Annual report on the working of the mental hospitals in the Madras Presidency - 1912-1932
Year: 1912
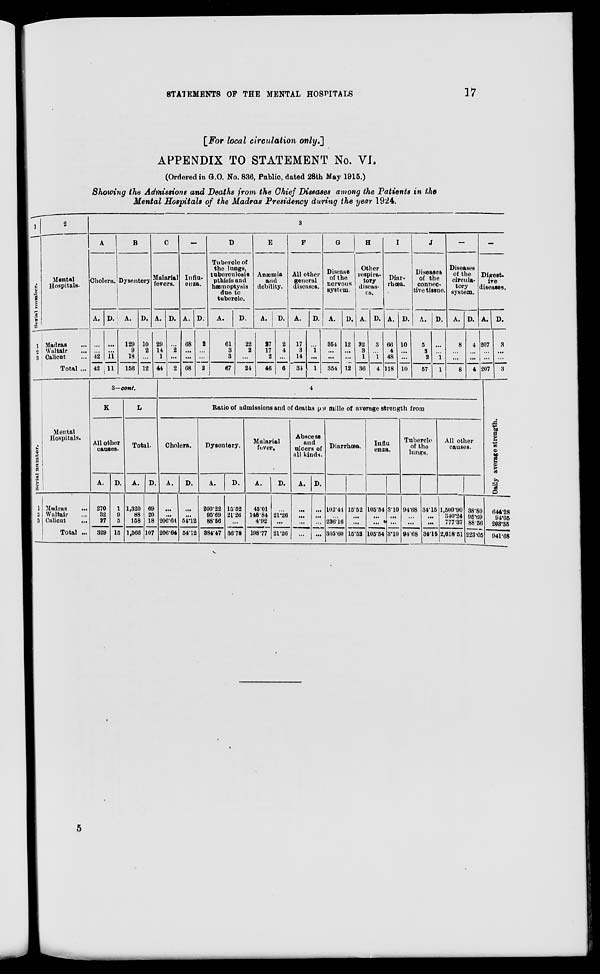
STATEMENTS OF THE MENTAL HOSPITALS
17
[For local circulation only.]
APPENDIX TO STATEMENT No. VI.
(Ordered in G.O. No. 836, Public, dated 28th May 1915.)
Showing the Admissions and Deaths from the Chief Diseases among the Patients in the
Mental Hospitals of the Madras Presidency during the year 1924.
1
Serial number.
1
2
3
2
Mental
Hospitals.
Madras ...
Waltair ...
Calicut ...
Total ...
3
A
Cholera.
A.
...
...
42
42
D.
...
...
11
11
B
Dysentery
A.
129
9
18
156
D.
10
2
...
12
C
Malarial
fevers.
A.
29
14
1
44
D.
...
2
...
2
—
Influ-
enza.
A.
68
...
...
68
D.
2
...
...
2
D
Tubercle of
the lungs,
tuberculosis
pthisis and
hæmoptysis
due to
tubercle.
A.
61
3
3
67
D.
22
2
...
24
E
Anæmia
and
debility.
A.
27
17
2
46
D.
2
4
...
6
F
All other
general
diseases.
A.
17
3
14
34
D.
...
1
...
1
G
Disease
of the
nervous
system.
A.
354
...
...
354
D.
12
...
...
12
H
Other
respira-
tory
diseas-
es.
A.
32
3
1
36
D.
3
...
1
4
I
Diar-
rbœa.
A.
66
4
48
118
D.
10
...
...
10
J
Diseases
of the
connec-
tive tissue.
A.
5
3
2
57
D.
...
...
1
1
—
Diseases
of the
circula-
tory
system.
A.
8
...
...
8
D.
4
...
...
4
—
Digest-
ive
diseases.
A.
207
...
...
207
D.
3
...
...
3
Serial number.
1
2
3
Mental
Hospitals.
Madras ...
Waltair ...
Calicut
...
Total ...
3—cont.
K
All other
causes.
A.
270
32
27
329
D.
1
9
5
15
L
Total.
A.
1,320
88
158
1,566
D.
69
20
18
107
4
Ratio of admissions and of deaths per mille of average strength from
Cholera.
A.
...
...
206.64
206.64
D.
...
...
54.12
54.12
Dysentery.
A.
200.22
95.69
88.56
384.47
D.
15.52
21.26
...
36.78
Malarial
fever.
A.
45.01
148.84
4.92
198.77
D.
...
21.26
...
21.26
Abscess
and
ulcers of
all kinds.
A.
...
...
...
...
D.
...
...
...
...
Diarrhœa.
A.
102.44
...
236.16
305.60
D.
15.52
...
...
15.52
Influ
enza.
A.
105.54
...
...
105.54
D.
3.10
...
...
105.54
Tubercle
of the
lungs.
A.
94.68
...
...
94.68
D.
34.15
...
...
34.15
All other
causes.
A.
1,500.90
340.24
777.37
2,618.51
D.
38.80
95.69
88.56
223.05
Daily average strength.
644.28
94.05
203.35
941.68
5